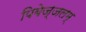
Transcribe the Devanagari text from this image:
पिबेज्जलम्